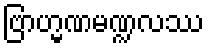
ဗြာဟ္မဏမဏ္ဍလဿ